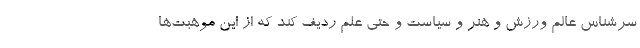
سرشناس عالم ورزش و هنر و سیاست و حتی علم ردیف کند که از این موهبت‌ها